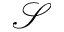
\mathcal S